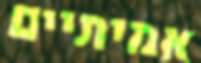
אמיתיים